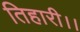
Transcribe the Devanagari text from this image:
तिहारी।।